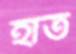
হাত